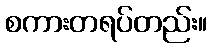
စကားတရပ်တည်း။